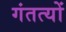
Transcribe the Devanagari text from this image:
गंतत्‍यों